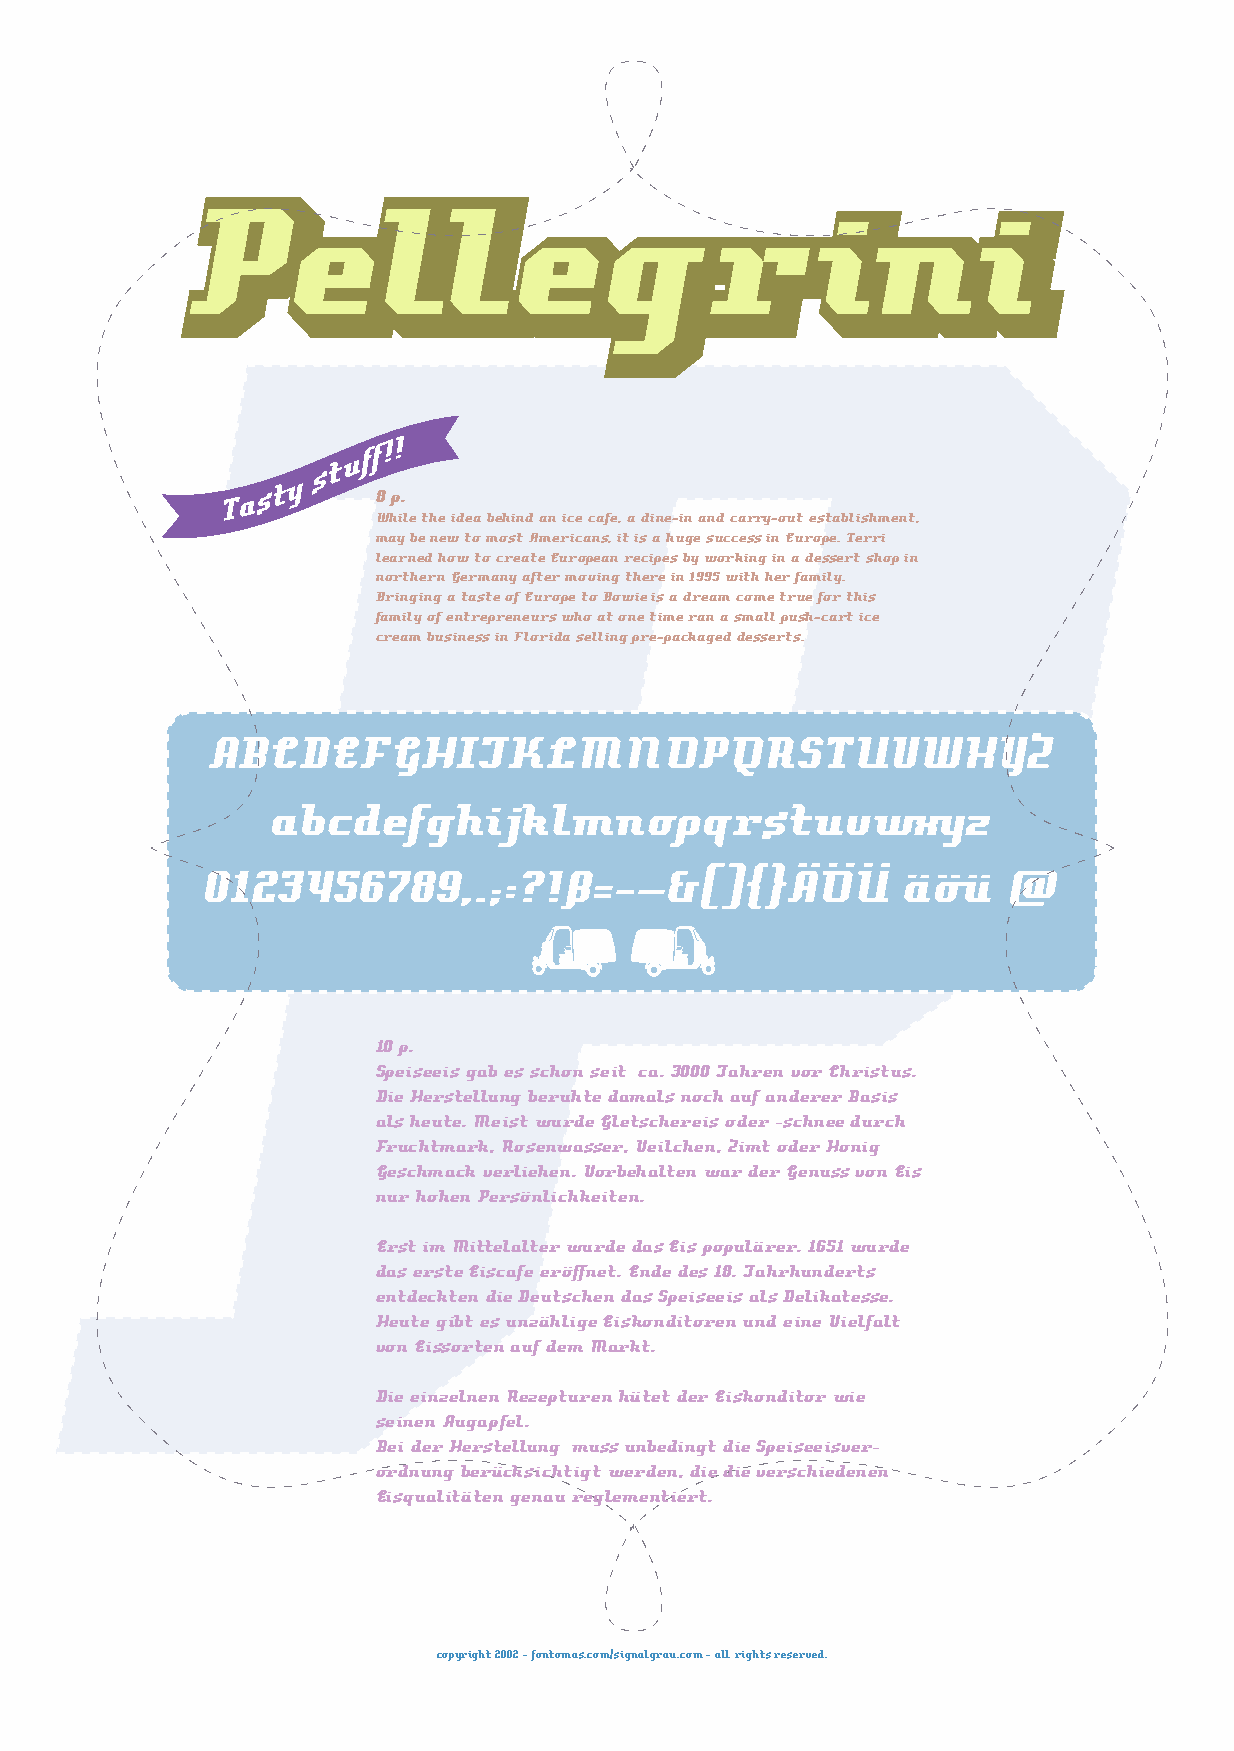
8 p.
 While the idea behind an ice cafe, a dine-in and carry-out establishment,
 may be new to most Americans, it is a huge success in Europe. Terri
 learned how to create European recipes by working in a dessert shop in
 northern Germany after moving there in 1995 with her family.
 Bringing a taste of Europe to Bowie is a dream come true for this
 family of entrepreneurs who at one time ran a small push-cart ice
 cream business in Florida selling pre-packaged desserts.
 ABCDEFGHIJKLMNOPQRSTUVWXYZ
 abcdefghijklmnopqrstuvwxyz
 0123456789,.;:?!ß=-—&(){}ÄÖÜ                   äöü    @
 ©®
 10 p.
 Speiseeis gab es schon seit ca. 3000 Jahren vor Christus.
 Die Herstellung beruhte damals noch auf anderer Basis
 als heute. Meist wurde Gletschereis oder -schnee durch
 Fruchtmark, Rosenwasser, Veilchen, Zimt oder Honig
 Geschmack verliehen. Vorbehalten war der Genuss von Eis
 nur hohen Persönlichkeiten.
 Erst im Mittelalter wurde das Eis populärer. 1651 wurde
 das erste Eiscafe eröffnet. Ende des 18. Jahrhunderts
 entdeckten die Deutschen das Speiseeis als Delikatesse.
 Heute gibt es unzählige Eiskonditoren und eine Vielfalt
 von Eissorten auf dem Markt.
 Die einzelnen Rezepturen hütet der Eiskonditor wie
 seinen Augapfel.
 Bei der Herstellung muss unbedingt die Speiseeisver-
 ordnung berücksichtigt werden, die die verschiedenen
 Eisqualitäten genau reglementiert.
 copyright 2002 - fontomas.com/signalgrau.com - all rights reserved.